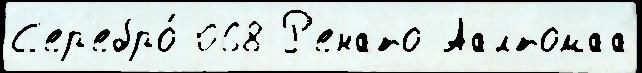
С'ер'ебро́ 068 Р'енато Аалтомаа